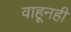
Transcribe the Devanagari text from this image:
वाहूनही